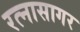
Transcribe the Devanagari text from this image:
रत्नासागर